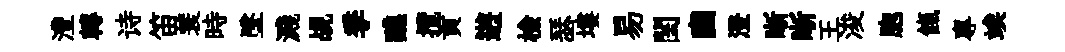
灃轉诗笛蓑時墜濺覘季醮攬貢逰檢瑟塿易閨豳澄晰晰王浚胞餼專竢